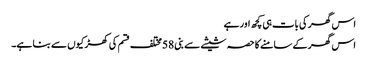
اس گھر کی بات ہی کچھ اور ہے
اس گھر کے سامنے کا حصہ شیشے سے بنی 58 مختلف قسم کی کھڑکیوں سے بنا ہے۔